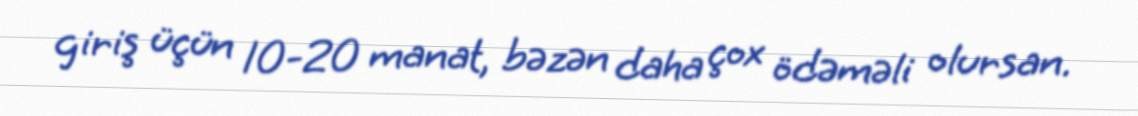
giriş üçün 10-20 manat, bəzən daha çox ödəməli olursan.